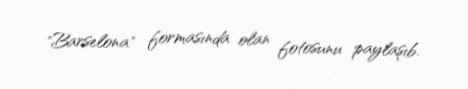
"Barselona" formasında olan fotosunu paylaşıb.